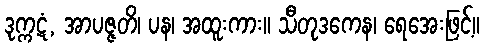
ဒုက္ကဋံ, အာပဇ္ဇတိ၊ ပန၊ အထူးကား။ သီတုဒကေန၊ ရေအေးဖြင့်။